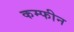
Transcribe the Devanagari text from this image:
कम्फीन